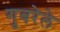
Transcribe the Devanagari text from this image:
गुबरेले